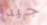
جيد